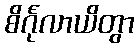
စိင်္ဂုလာယိတွာ